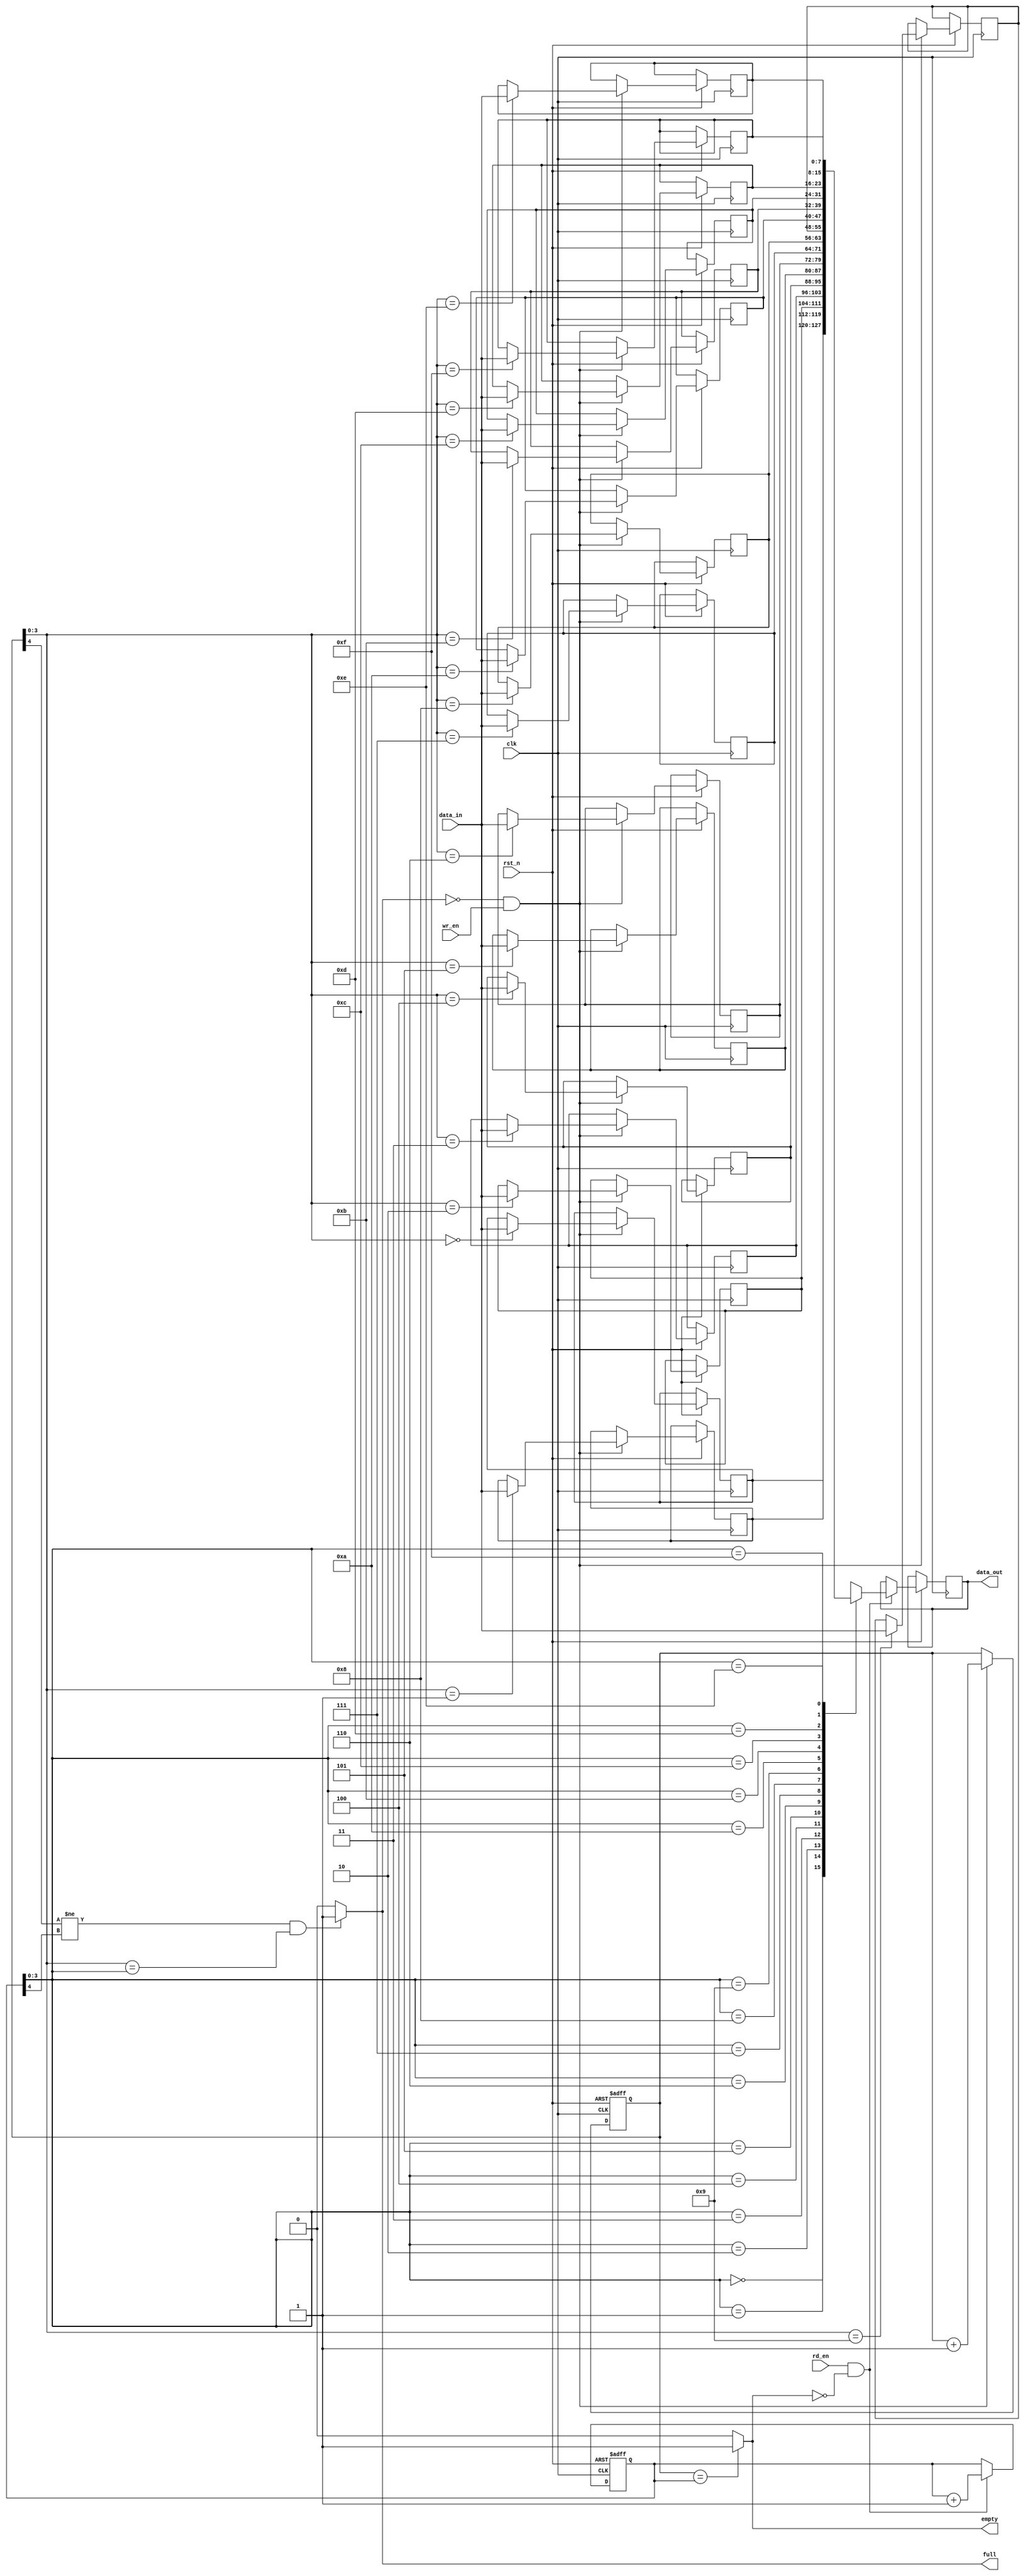
// using ptr
// ref : https://github.com/YukunXue/IC_lib
module sync_fifo_ptr #(
	parameter DATA_WIDTH = 'd8 ,
	parameter DATA_DEPTH = 'd16
	)
	(
	input								clk,    // Clock
	input								rst_n,  // Asynchronous reset active low
	input	[DATA_WIDTH-1:0]			data_in ,
	input								rd_en,
	input								wr_en,

	output reg	[DATA_WIDTH-1:0]		data_out,
	output								empty,
	output								full 
);

	parameter ADDR_WIDTH = $clog2(DATA_DEPTH) ;

	// reg define
	// 2 dim list -> RAM
	reg	[DATA_WIDTH-1:0] fifo_buffer [DATA_DEPTH - 1 : 0] ;
	reg	[ADDR_WIDTH :0]	wr_ptr ;
	reg	[ADDR_WIDTH :0]	rd_ptr ;

	// wire define
	wire	[ADDR_WIDTH - 1 : 0]	wr_ptr_true ;
	wire	[ADDR_WIDTH - 1 : 0]	rd_ptr_true ;
	wire							wr_ptr_msb  ;
	wire							rd_ptr_msb  ;

	assign {wr_ptr_msb, wr_ptr_true} = wr_ptr ;
	assign {rd_ptr_msb, rd_ptr_true} = rd_ptr ;

	// read operation
	always @(posedge clk or negedge rst_n) begin
		if (rst_n == 1'b0) begin
			rd_ptr <= 'd0 ;
		end
		else if (rd_en && ~empty) begin
			data_out <= fifo_buffer[rd_ptr_true] ;
			rd_ptr   <= rd_ptr + 1'b1 ;
		end
	end

	// write operation
	always @(posedge clk or negedge rst_n) begin
		if (rst_n == 1'b0) begin
			wr_ptr <= 0 ;
		end
		else if (~full && wr_en) begin
			wr_ptr <= wr_ptr + 1'b1 ;
			fifo_buffer[wr_ptr_true] <= data_in ;
		end
	end

	// update state signal
	assign empty = (wr_ptr == rd_ptr) ? 1'b1 : 1'b0 ;
	assign full = ((wr_ptr_msb != rd_ptr_msb) && (wr_ptr_true == rd_ptr_true)) ? 1'b1 : 1'b0 ;


endmodule